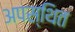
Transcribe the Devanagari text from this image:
अपस्थित